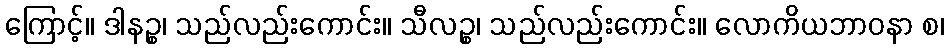
ကြောင့်။ ဒါနဉ္စ၊ သည်လည်းကောင်း။ သီလဉ္စ၊ သည်လည်းကောင်း။ လောကိယဘာဝနာ စ၊